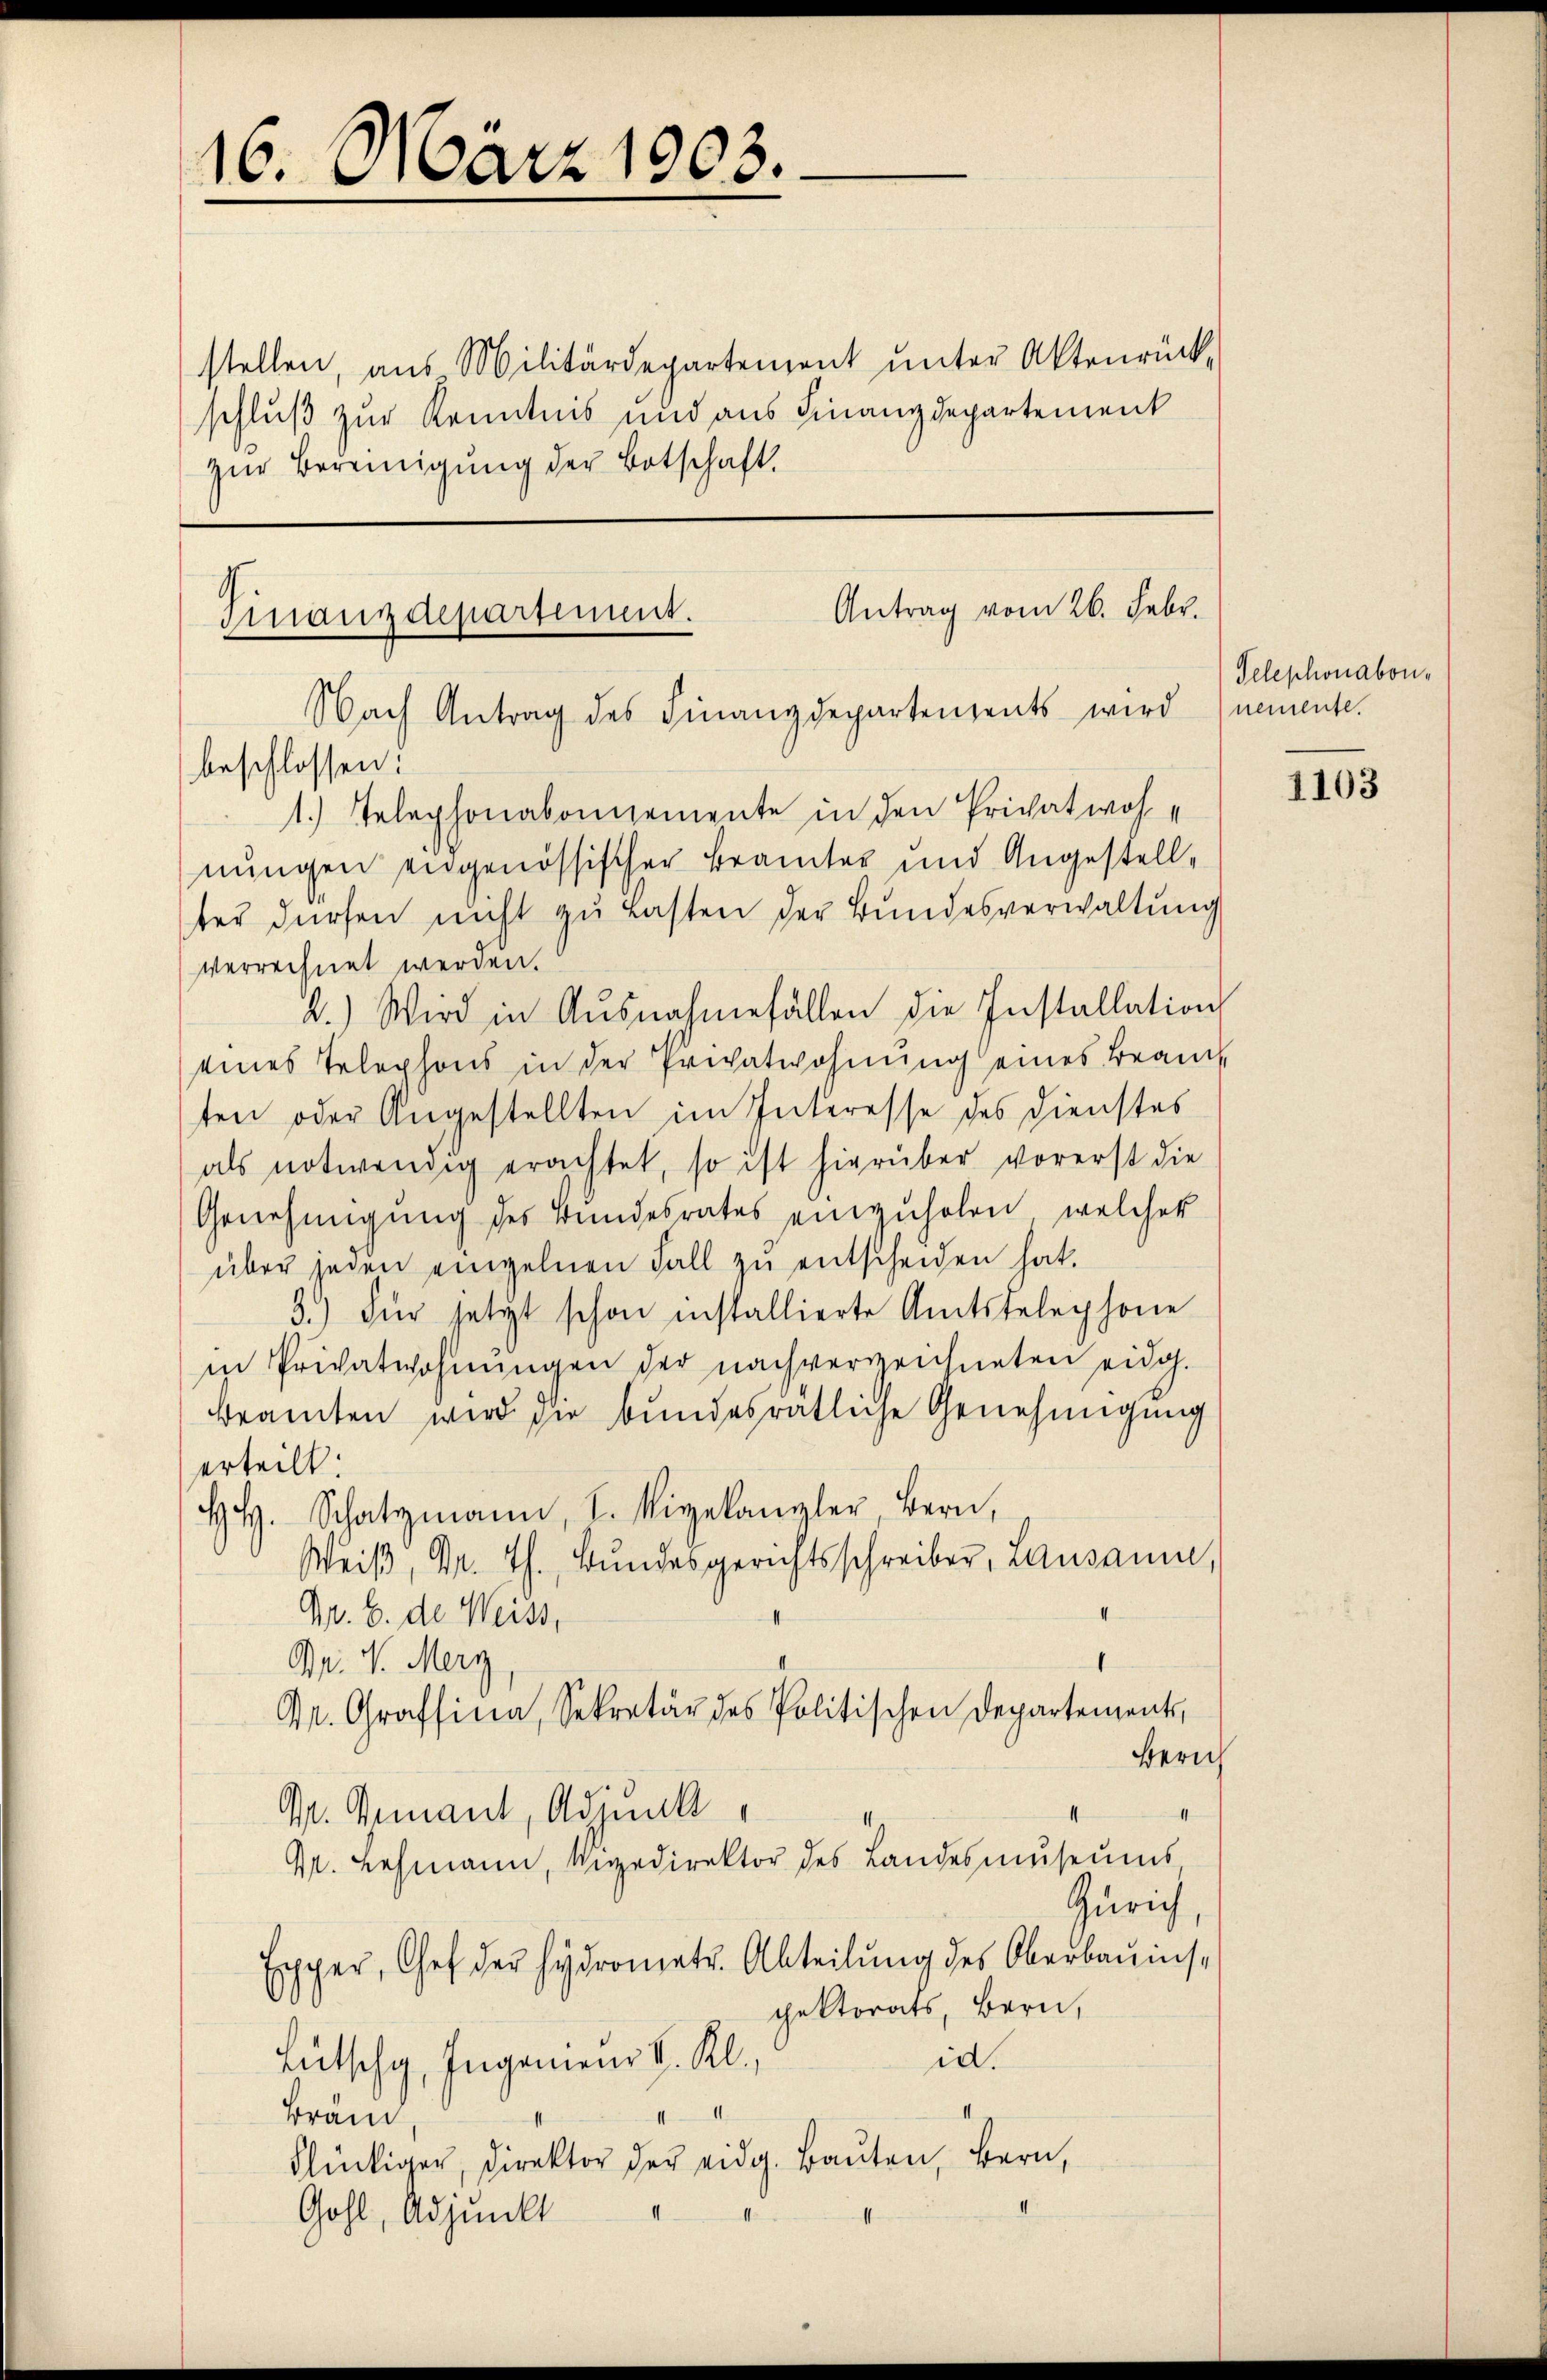
16. März 1903.

stellen, aus Militärdepartement ŭnter Aktenrück-
schluß zur Kenntnis und aus Finanzdepartement
zur Bereinigung der Botschaft.

Antrag vom 26. Febr.
Finanzdepartement.
Nach Antrag des Finanzdepartenzents wird nemente.
beschlossen:
1. Telephonabonnemente in den Privatwoh
nungen engenössischer Beamtes und Angestell¬

ter dürfen nicht zu lasten der Bundesverwaltung

verrechnet werden.
2.) Wird in Ausnahmefällen die Installation
eines Telephons in der Privatwohnung eines Beamt
ten oder Angestellten im Interesse des Dienstes
als notwendig erachtet, so ist hierüber vorerst die
Genehmigŭng des Bundesrates einzŭholen, welcher
über jeden einzelnen Fall zu entscheiden hat.
3.) Für setzt schon installierte Amtstelephone
in Privatwohnungen der nachverzeichneten eidg.
beamten wird sie bundesrätliche Genehmigung
erteilt:
HH. Schatzmann, L. Vigekanzler Bern,
Weiβ, Dr. Th. Bŭndesgerichtsschreiber, Lausann,
Nr. 6. de Weiss,
Dr. v. Merz
Dr. Grafsina, Sekretär des Politischen Departements,
Zürich
II
G. Genant, Adjunk
4. Lehmann, Ungedirektor des Landesmuseums
Zürich
Exper, Chef der Hydrometr. Abteilŭng des Oberbauins-
pektorats, Bern,
id.
Lütschg, Ingenieur v. Kl.
Bränd
glückiger, Direktor der eidg. Bauten, Bern,
Gohl, Adjunkt

Telephonabon¬

1103